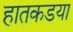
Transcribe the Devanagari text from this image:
हातकडया